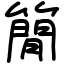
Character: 𥳑